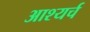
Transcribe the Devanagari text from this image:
आश्यर्च